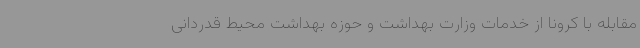
مقابله با کرونا از خدمات وزارت بهداشت و حوزه بهداشت محیط قدردانی